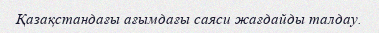
Қазақстандағы ағымдағы саяси жағдайды талдау.